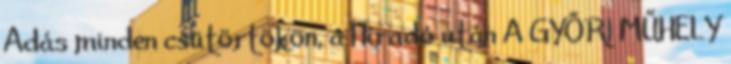
Adás minden csütörtökön, a Híradó után A GYŐRI MŰHELY